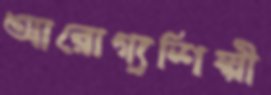
আরোগ্যশিল্পী